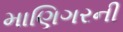
માણિગરની